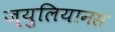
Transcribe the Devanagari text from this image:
ज्युलियानस